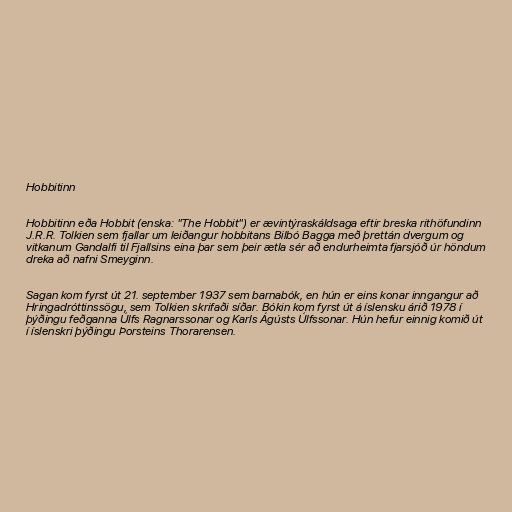
Hobbitinn

Hobbitinn eða Hobbit (enska: "The Hobbit") er ævintýraskáldsaga eftir breska rithöfundinn
J.R.R. Tolkien sem fjallar um leiðangur hobbitans Bilbó Bagga með þrettán dvergum og
vitkanum Gandalfi til Fjallsins eina þar sem þeir ætla sér að endurheimta fjarsjóð úr höndum
dreka að nafni Smeyginn.

Sagan kom fyrst út 21. september 1937 sem barnabók, en hún er eins konar inngangur að
Hringadróttinssögu, sem Tolkien skrifaði síðar. Bókin kom fyrst út á íslensku árið 1978 í
þýðingu feðganna Úlfs Ragnarssonar og Karls Ágústs Úlfssonar. Hún hefur einnig komið út
í íslenskri þýðingu Þorsteins Thorarensen.